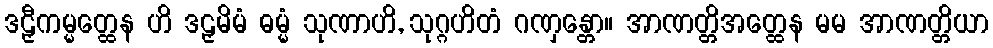
ဒဠှီကမ္မတ္ထေန ဟိ ဒဠှမိမံ ဓမ္မံ သုဏာဟိ, သုဂ္ဂဟိတံ ဂဏှန္တော။ အာဏတ္တိအတ္ထေန မမ အာဏတ္တိယာ